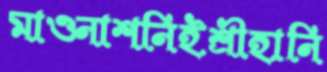
মাওনাশনিইশ্রীহানি